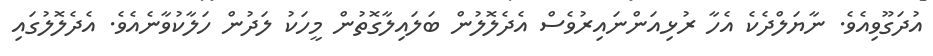
އުދަގޫވިއެވެ. ނާޔަލްދެކެ އެހާ ރުޅިއަންނައިރުވެސް އެދެލޮލުން ބަލައިލާގޮތުން މީހަކު ލަދުން ހަލާކުވާނެއެވެ. އެދެލޮލުގައި